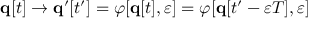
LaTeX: \mathbf { q } [ t ] \rightarrow \mathbf { q } ^ { \prime } [ t ^ { \prime } ] = \varphi [ \mathbf { q } [ t ] , \varepsilon ] = \varphi [ \mathbf { q } [ t ^ { \prime } - \varepsilon T ] , \varepsilon ]